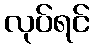
လုပ်ရင်